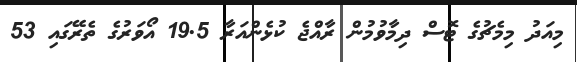
މިއަދު މިމެޗުގެ ޓޮސް ދިމާވުމުން ރާއްޖެ ކުޅެންއަރާ 19.5 އޯވަރުގެ ތެރޭގައި 53